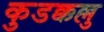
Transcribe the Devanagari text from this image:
कुडक्कल्लु